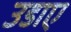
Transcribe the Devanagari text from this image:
उडाए